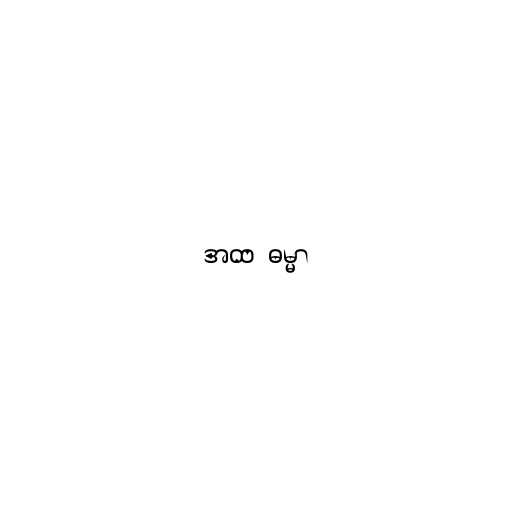
အထ  ဓမ္မာ